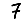
Digit: 7